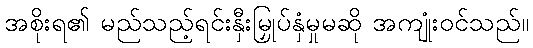
အစိုးရ၏ မည်သည့်ရင်းနှီးမြှုပ်နှံမှုမဆို အကျုံးဝင်သည်။